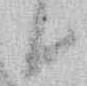
候